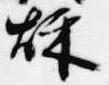
秋